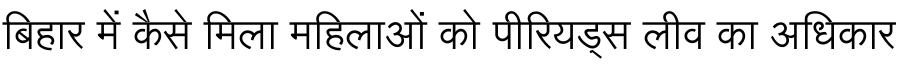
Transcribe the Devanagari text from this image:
बिहार में कैसे मिला महिलाओं को पीरियड्स लीव का अधिकार